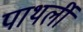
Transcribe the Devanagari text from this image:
पाथर्ली